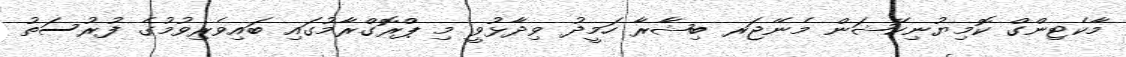
މާކެޓިންގް ކޮމިޔުނިކޭޝަން މެނޭޖަރ ބިޝާރާ ހަމީދު ވިދާޅުވީ މި ޕްރޮގްރާމުގައި ބައިވެރިވުމުގެ ފުރުސަތު